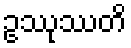
ဥဿုဿတိ